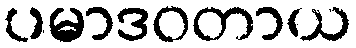
ပမာဒဝတာယ